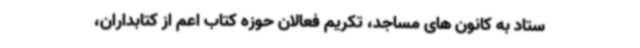
ستاد به کانون های مساجد، تکریم فعالان حوزه کتاب اعم از کتابداران،